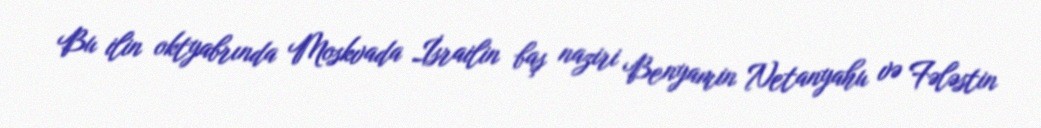
Bu ilin oktyabrında Moskvada İsrailin baş naziri Benyamin Netanyahu və Fələstin